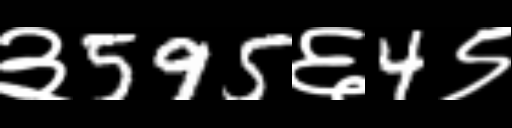
Text: ३595६4९